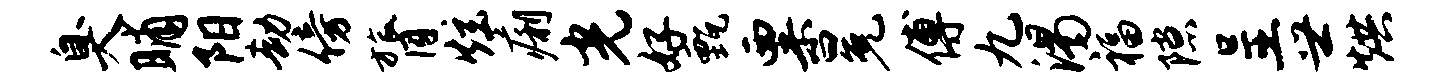
臭晡阳劫傍膂炫痢光好甄粟冕傅九渴福隙呈世烘